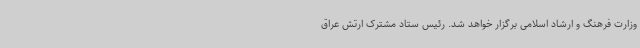
وزارت فرهنگ و ارشاد اسلامی برگزار خواهد شد. رئیس ستاد مشترک ارتش عراق